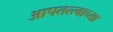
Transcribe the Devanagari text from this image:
आपतत्त्वाच्या